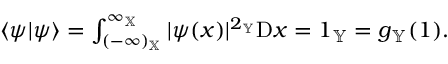
\begin{array} { r } { \langle \psi | \psi \rangle = \int _ { ( - \infty ) _ { \mathbb { X } } } ^ { \infty _ { \mathbb { X } } } | \psi ( x ) | ^ { 2 _ { \mathbb { Y } } } { \textrm D } x = 1 _ { \mathbb { Y } } = g _ { \mathbb { Y } } ( 1 ) . } \end{array}